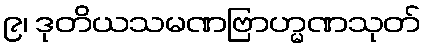
၉၊ ဒုတိယသမဏဗြာဟ္မဏသုတ်